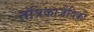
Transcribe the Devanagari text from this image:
तंत्रिकाजैविकी